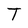
Character: T